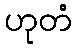
ဟုတံ